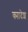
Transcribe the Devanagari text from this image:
क्मादेश